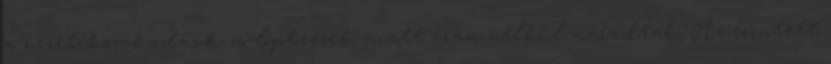
a vezetékszakadások, oszloptörések miatt áram nélkül maradtak. Az érintett